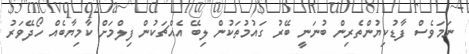
ނަމަވެސް ފާޑުކިޔުންތެރިން ބުނަނީ ބޭރު ގައުމުތަކުން ލިބޭ އެއްޗަކުން ފިލްމަށް ކާމިޔާބެއް ހޯދޭވަރު